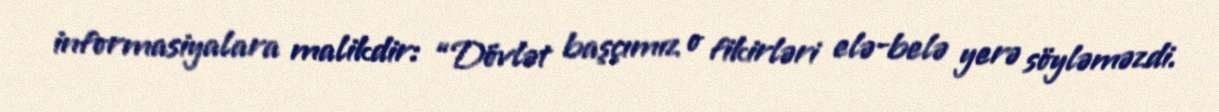
informasiyalara malikdir: “Dövlət başçımız o fikirləri elə-belə yerə söyləməzdi.